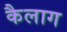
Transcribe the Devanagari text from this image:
कैलाग